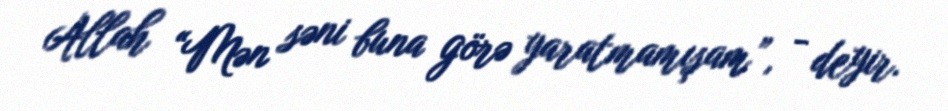
Allah “Mən səni buna görə yaratmamışam”, - deyir.